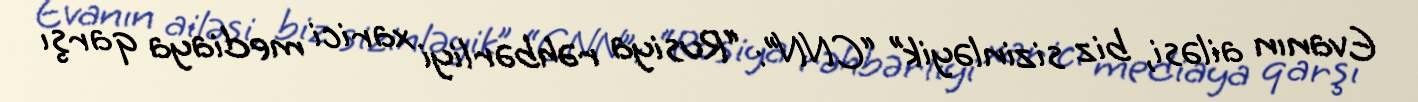
Evanın ailəsi, biz sizinləyik” “CNN”: “Rusiya rəhbərliyi xarici mediaya qarşı